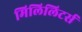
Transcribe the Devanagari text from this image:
मिलिलिटर्स